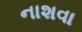
નાશવા